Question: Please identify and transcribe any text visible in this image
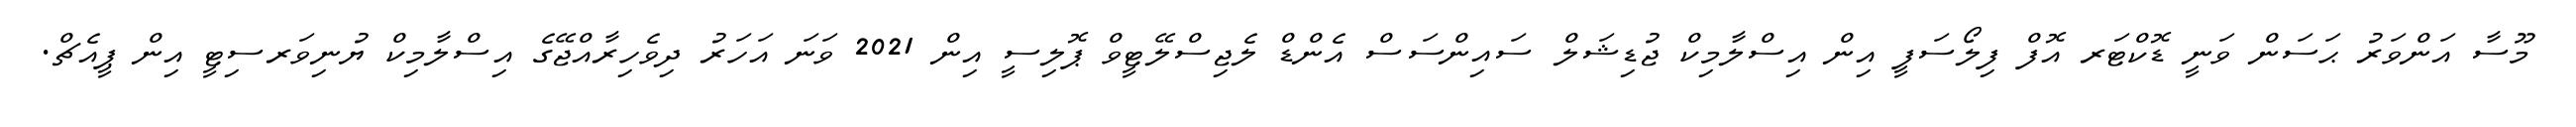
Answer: މޫސާ އަންވަރު ޙަސަން ވަނީ ޑޮކްޓަރ އޮފް ފިލޯސަފީ އިން އިސްލާމިކް ޖުޑިޝަލް ސައިންސަސް އެންޑް ލެޖިސްލޭޓީވް ޕޮލިސީ އިން 2021 ވަނަ އަހަރު ދިވެހިރާއްޖޭގެ އިސްލާމިކް ޔުނިވަރސިޓީ އިން ޕީއެޗް.